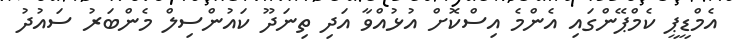
އެމްޑީޕީ ކެމްޕޭންގައި އެންމެ އިސްކޮށް އުޅުއްވާ އަދި ތިނަދޫ ކައުންސިލް މެންބަރު ސައުދު